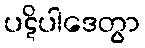
ပဋိပါဒေတွာ